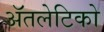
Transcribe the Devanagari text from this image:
ॲतलेटिको